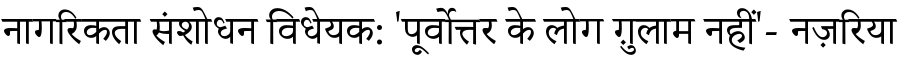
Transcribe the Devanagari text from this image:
नागरिकता संशोधन विधेयक: 'पूर्वोत्तर के लोग ग़ुलाम नहीं'- नज़रिया